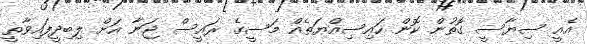
އެއީ ސިޔާސީ ގޮތުން ކޮން ހައިސިއްޔަތެއް މަސީގެ ރައީސް ޖަނާ އަށް ލިބިދީފައިވާތީ